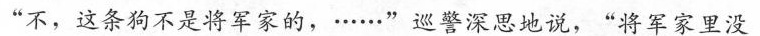
“不，这条狗不是将军家的，·····”巡警深思地说，“将军家里没